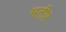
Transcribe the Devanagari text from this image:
मतीर